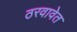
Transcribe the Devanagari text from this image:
ठरवावेत